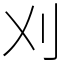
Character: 刈